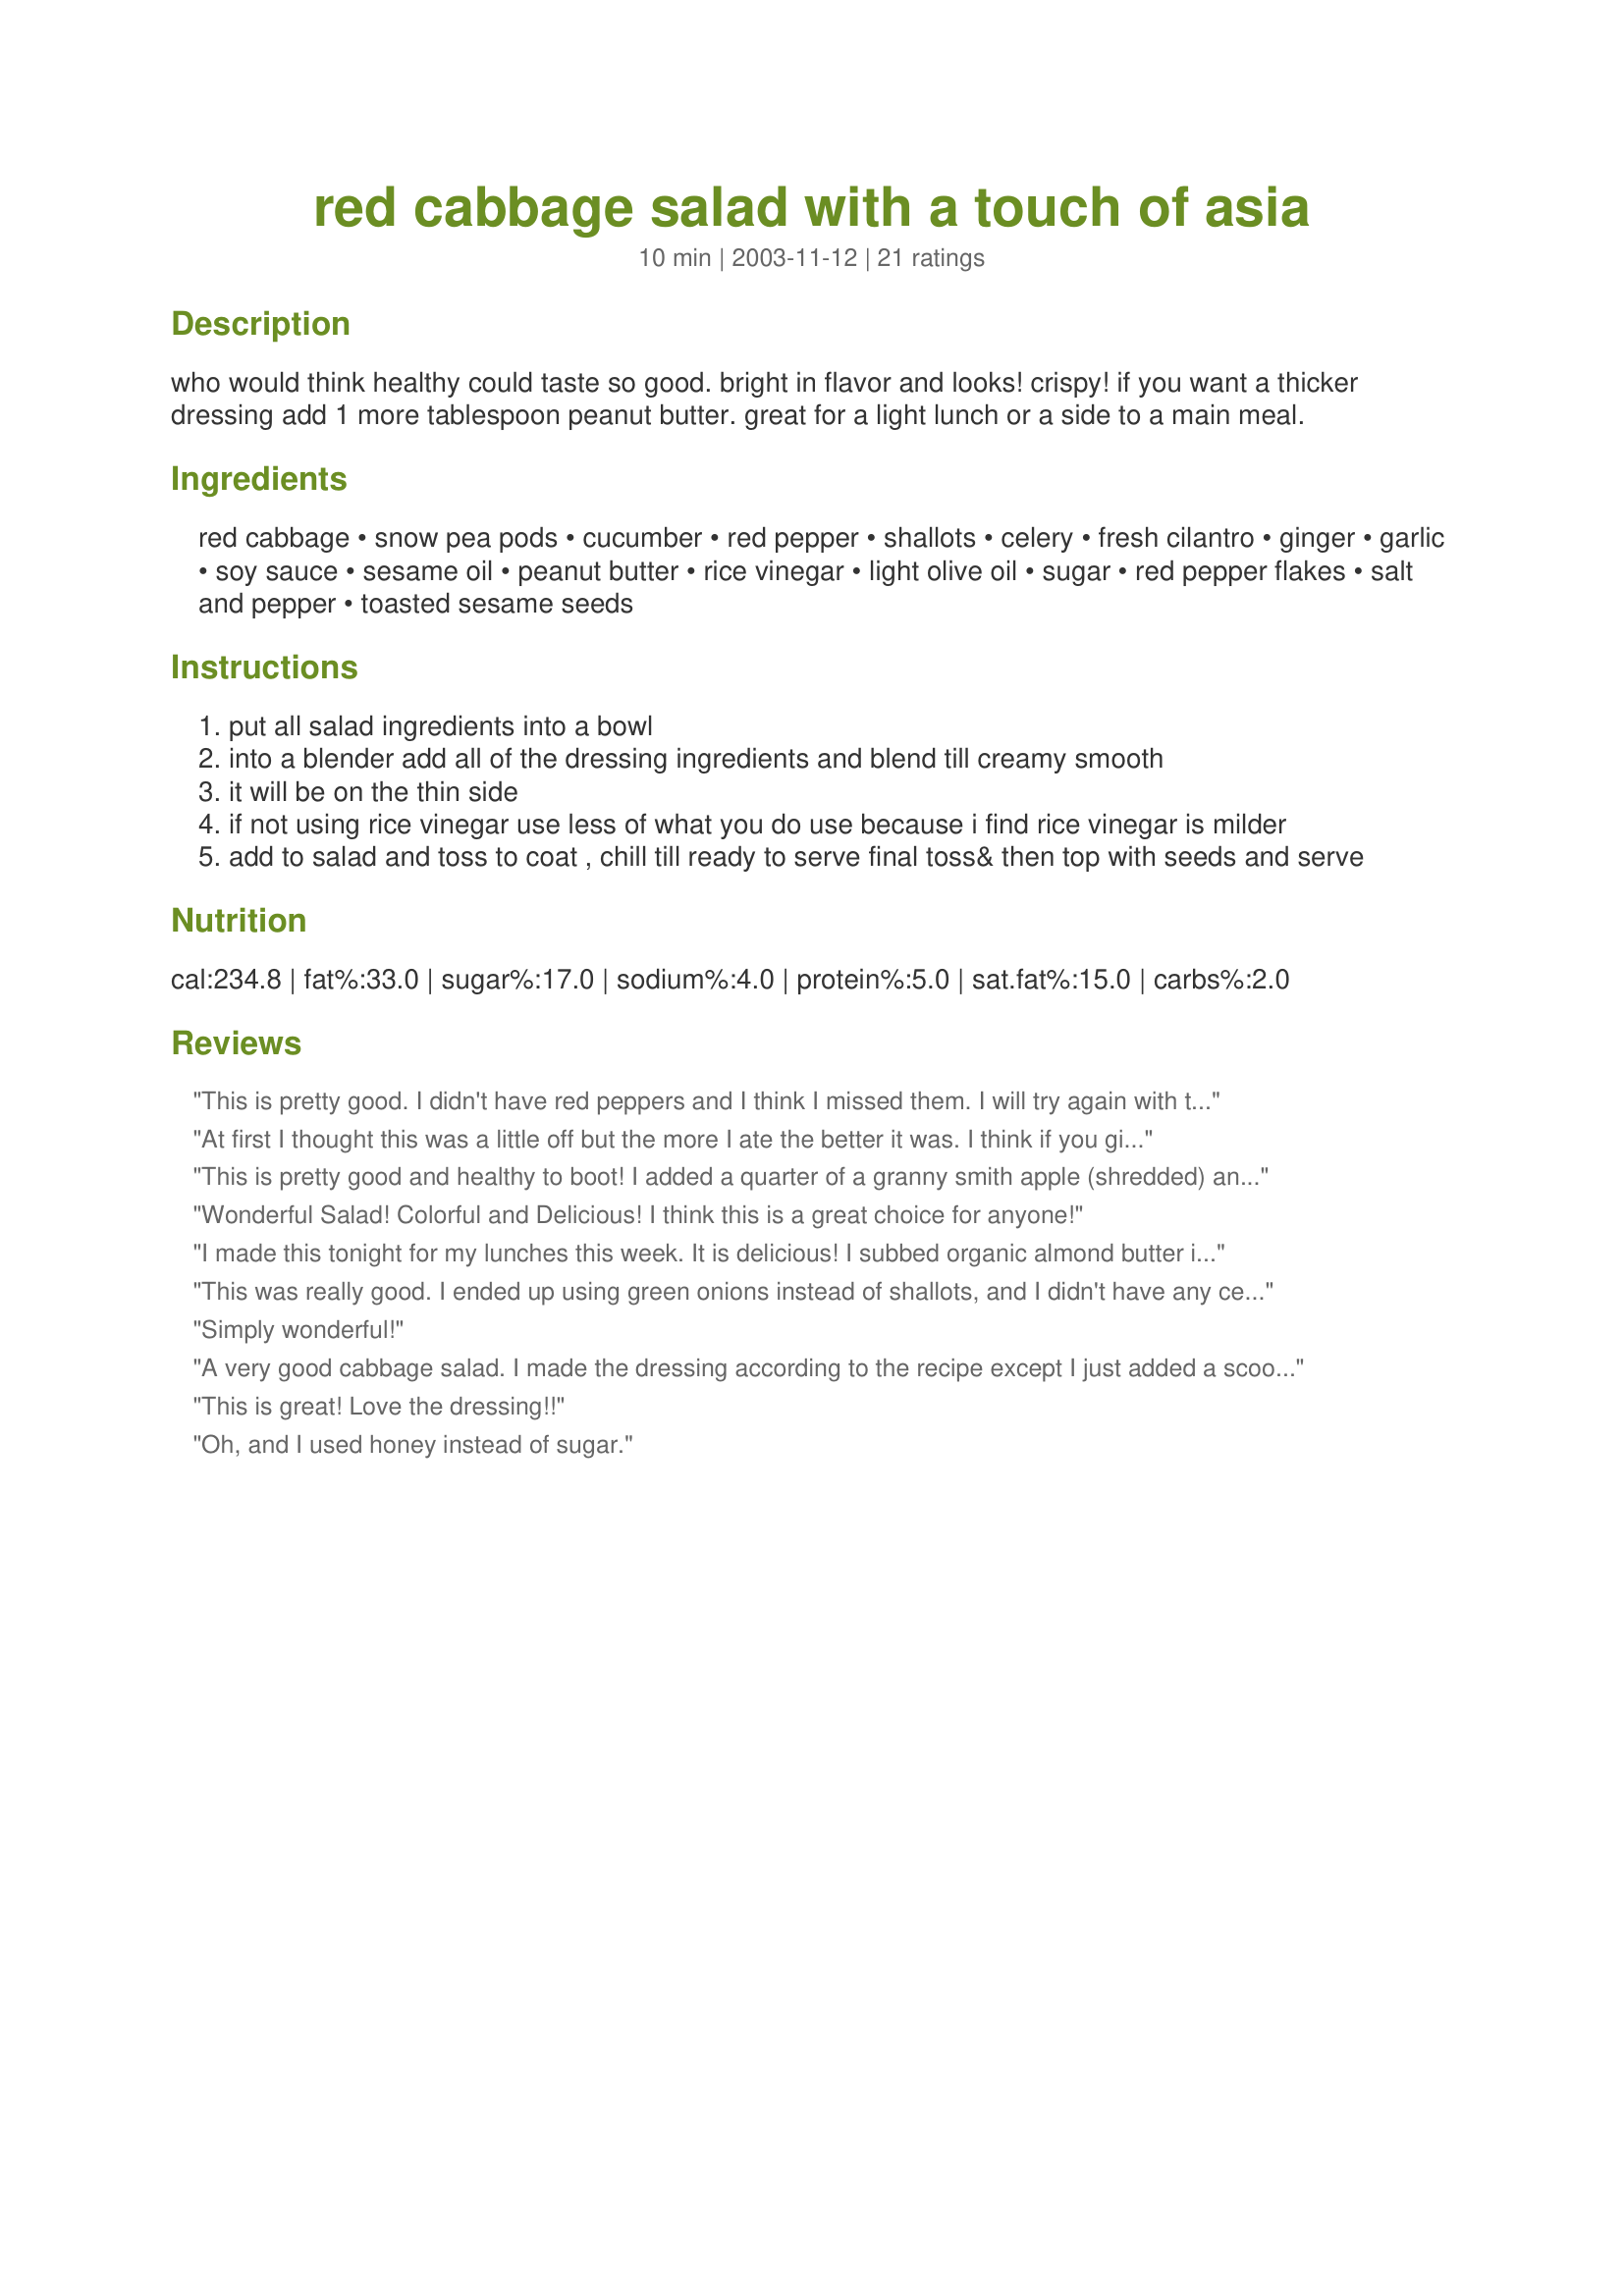
red cabbage salad with a touch of asia
Preparation time: 10 minutes

who would think healthy could taste so good. bright in flavor and looks! crispy! if you want a thicker dressing add 1 more tablespoon peanut butter. great for a light lunch or a side to a main meal.

Ingredients:
red cabbage, snow pea pods, cucumber, red pepper, shallots, celery, fresh cilantro, ginger, garlic, soy sauce, sesame oil, peanut butter, rice vinegar, light olive oil, sugar, red pepper flakes, salt and pepper, toasted sesame seeds

Steps:
put all salad ingredients into a bowl
into a blender add all of the dressing ingredients and blend till creamy smooth
it will be on the thin side
if not using rice vinegar use less of what you do use because i find rice vinegar is milder
add to salad and toss to coat , chill till ready to serve final toss& then top with seeds and serve

Reviews:
This is pretty good. I didn't have red peppers and I think I missed them. I will try again with the peppers and the extra PB. Also, I will add extra sesame seeds. I do have to say, my 11 yr. old dd, who is very picky, told me that it was very good. Coming from her, that is a compliment!!! Thanks-
At first I thought this was a little off but the more I ate the better it was. I think if you give it some time for the flavors to blend it gets better. My husband loved it and he doesn't even like red cabbage so that says a lot. I do think if I made it again I might play around and make some adaptations. As it was I didn't have any sesame oil so I used tahini instead. I also used a gypsy pepper instead of red pepper.
This is pretty good and healthy to boot! I added a quarter of a granny smith apple (shredded) and eliminated the snow pea pods (couldn't find them in produce). I will be making this often this summer!!! Thank you for the recipe.
Wonderful Salad! Colorful and Delicious! I think this is a great choice for anyone!
I made this tonight for my lunches this week. It is delicious! I subbed organic almond butter instead of the peanut butter and it worked out wonderfully.

Thank you!!
This was really good. I ended up using green onions instead of shallots, and I didn't have any celery. I had to syb the peanut butter for soy nut butter (DS allergies) and it worked great. Thanks for sharing!
Simply wonderful!
A very good cabbage salad. I made the dressing according to the recipe except I just added a scoop of peanut butter (probably a little more than a tablespoonful)and I forgot the cilantro in the fridge. I used at least two cups of cabbage and had just enough dressing. If you are increasing the vegetables beyond that I would also increase the amount of dressing. The recipe went home with two different people so I know it was a success. Thank you very much.
This is great! Love the dressing!!
Oh, and I used honey instead of sugar.
This recipe was fantastic. I added a tiny bit more peanut butter, and a grated carrot but otherwise followed the directions exactly. Five people at the potluck asked for the recipe. Thanks so much for posting it was delightful....
I made a lot of substitutions/exclusions based on what was in our cupboards, but this was still a really good salad. I added some soba noodles to serve it as a side to a tofu dish. Next time, I will cut down on the vinegar as it was a bit acidic. Thanks for something delicious and new!
I liked this very much - the dressing flavour combo is a favourite of mine. I felt the amount of oil was pretty high, which is about the only thing I would change. And well, I did....I cut back on the oil and the vinegar by about 1/3 - and that was fine because I was missing some of the veg this salad called for anyway. This is one of the best ways to enjoy raw cabbage - thanks Rita!
Loved it!
Delicious salad with lots of vitamins in it!
The only thing I've changed is reduced the amount of vinegar. Thanks for posting, Rita!
I loved this dressing. SO delicious. I was in a hurry and didn't have several ingredients, so I just used the red cabbage, snow peas, and grated carrot. I probably shouldn't rate this, since I made it so differently, but the dressing is so good I didn't want to pass up the chance. Thanks for this!

What a delicious, unique slaw. The dressing is superb. I added the extra peanut butter for a thicker dressing as you suggested. Possibilities are endless, and next time I might add oranges and sprouts!
rita, i loved this, just loved the dressing, it's a keeper. i subbed basil for cilantro and used the scallions. i did use the rice vinegar, but i omitted the celery- this was great!
Let's start with the good - visually a beautiful salad. Followed the directions exactly as written and didn't like it at all. The two people I shared it with did not like it either. Flavors were just off.
I made a this for my lunch for the next two days, but leaving the dressing off until that morning. I used green beans instead of the snow peas, regular cabbage, didn't have any cilantro, added some carrots and some raisins. The dressing was very simple, I didn't even blend it, I just minced the garlic and the ginger, tossed it in a jar and shook and it was good to go. I noticed that there was a kind of ?starchy? feeling to the dressing but that just might have been the pb I used, it had a great flavor though. Next time I'll be sure to use more red pepper flakes! It was super simple and tasted great!
So good and so pretty! I cut down on the oil and vinegar just a notch and added a bit more sugar (had one of those dull-tasting red cabbages so I felt it needed balancing) - will make again! Thank you Rita!
YUMMY!! I pref. my dressing thick so I added an unmeasurable amount of peanut butter. I used creamy fat free Peter Pan. (I wonder how regular CHUNKY Skippy would taste-- MMMM...) I did use rice vinegar (Kame brand) but think I might cut a bit back next time- end product was a wee bit acidic. Rita, thank you for posting a keeper!!
